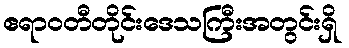
ဧရာဝတီတိုင်းဒေသကြီးအတွင်းရှိ